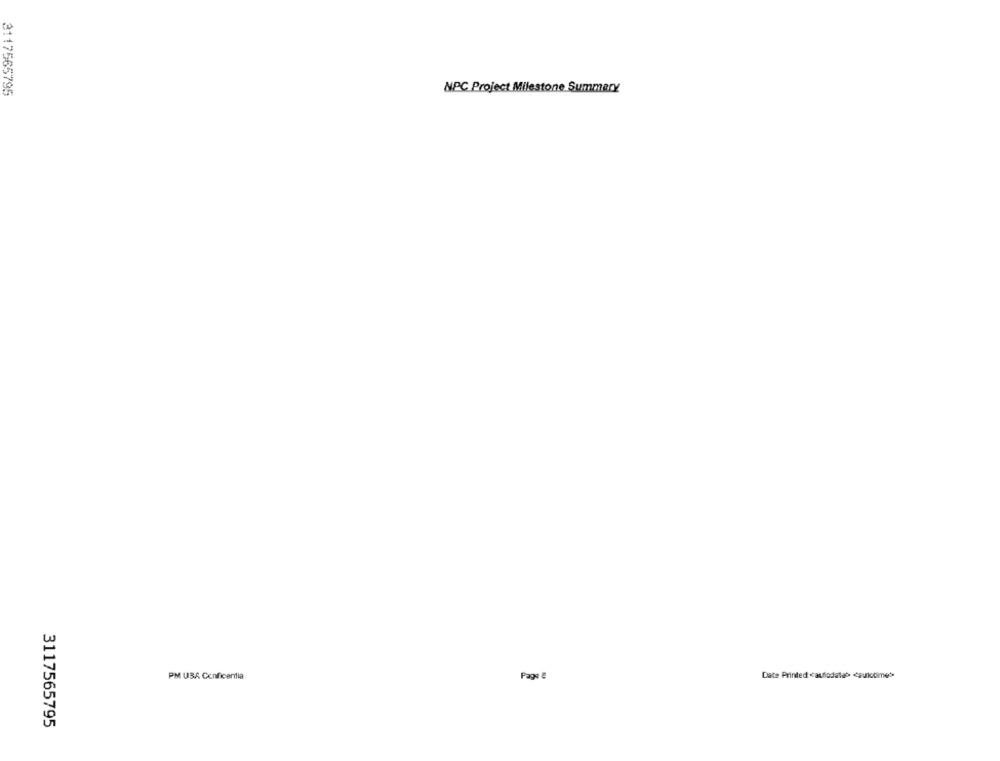
3117565795
NPC Project Milestone Summary
PM USA Conficenlia
Pago 2
Date Printed <auflodati> <şunictime>
3117565795